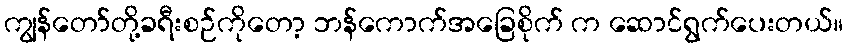
ကျွန်တော်တို့ခရီးစဉ်ကိုတော့ ဘန်ကောက်အခြေစိုက် က ဆောင်ရွက်ပေးတယ်။